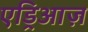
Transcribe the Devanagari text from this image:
एड्रिआज़